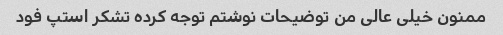
ممنون خیلی عالی من توضیحات نوشتم توجه کرده تشکر استپ فود